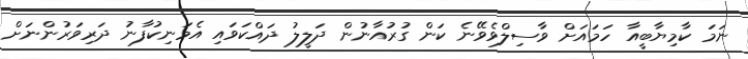
ނަމަ ކާމިޔާބީއާ ހަމައަށް ވާސިލްވެވޭނެ ކަން ގުރުއާނުން ދަލީލު ދައްކަވައި އެމަނިކުފާނު ދަރިވަރުންނަށް